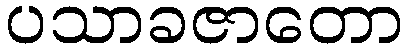
ပသာခဇာတော